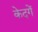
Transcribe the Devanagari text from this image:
केदगें